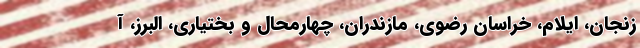
زنجان، ایلام، خراسان رضوی، مازندران، چهارمحال و بختیاری، البرز، آ